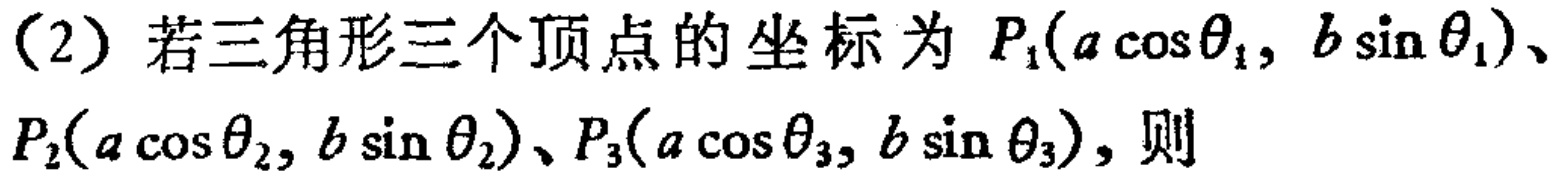
（2）若三角形三个顶点的坐标为 \(P_1(a\cos\theta_1, b\sin\theta_1)\)、\(P_2(a\cos\theta_2, b\sin\theta_2)\)、\(P_3(a\cos\theta_3, b\sin\theta_3)\)，则